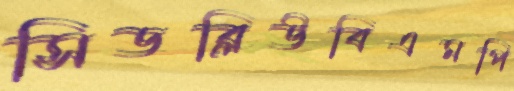
সিডব্লিউবিএমপি